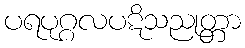
ပရပုဂ္ဂလပဋိသညုတ္တာ